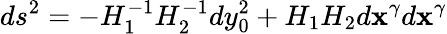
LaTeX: ds^{2}=-H_{1}^{-1}H_{2}^{-1}dy_{0}^{2}+H_{1}H_{2}d\mathbf{x}^{\gamma}d\mathbf{x}^{\gamma}